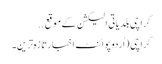
کراچی بلدیاتی الیکشن کے موقع ..
کراچی (اُردو پوائنٹ اخبارتازہ ترین۔